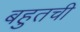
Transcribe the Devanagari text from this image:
बहुतची